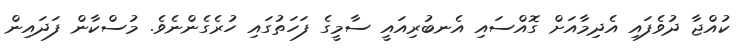
ކުއްޖާ ދުވެފައި އެދިމާއަށް ގޮއްސައި އެނބުރިއައީ ސާމީގެ ފަހަތުގައި ހުރެގެންނެވެ. މުސްކާން ފަދައިން